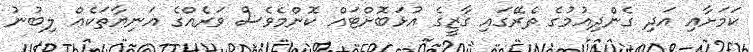
ކަމަށާއި އަދި ގެންދިއުމުގެ ތެރޭގައި ގާޒީގެ އުޅަބޮށްޓައް ކޮންމެވެސް ވަރެއްގެ އަނިޔާތަކެއް ލިބުނު